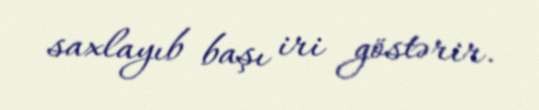
saxlayıb başı iri göstərir.